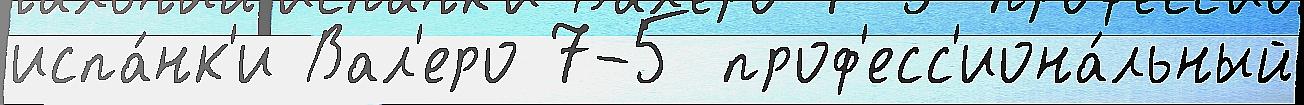
испа́нк'и Вал'еро 7-5 проф'есс'иона́льный